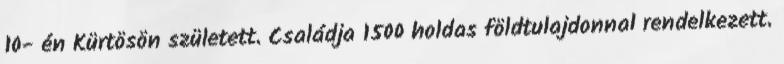
10- én Kürtösön született. Családja 1500 holdas földtulajdonnal rendelkezett.